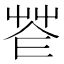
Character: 𦭠